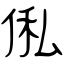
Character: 俬